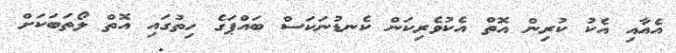
އެއާއި އެކު ކުރިން އޮތް އެކުވެރިކަން ކެނޑުނަކަސް ބައްޕަގެ ހިތުގައި އޮތް ލޯތަބަކަށް